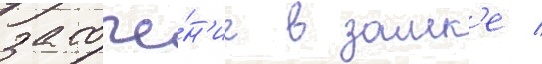
заточе́н'ие в замк'е /